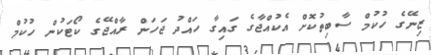
ޒިނޭގެ ހުކުމް ސާބިތުކޮށް އެކުއްޖާގެ ގައިގާ ހައްދު ޖަހަން ރާއްޖޭގެ ކޯޓަކުން ހުކުމް